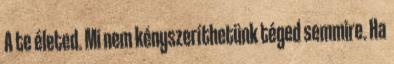
A te életed. Mi nem kényszeríthetünk téged semmire. Ha